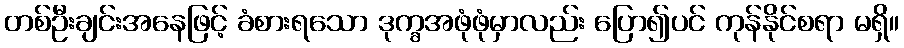
တစ်ဦးချင်းအနေဖြင့် ခံစားရသော ဒုက္ခအဖုံဖုံမှာလည်း ပြော၍ပင် ကုန်နိုင်စရာ မရှိ။